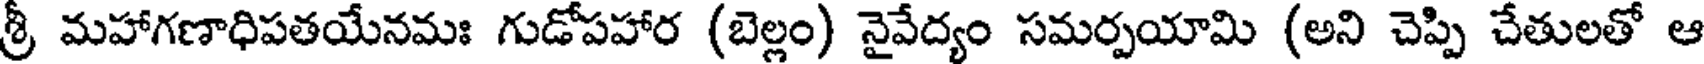
శ్రీ మహాగణాధిపతయేనమః గుడోపహార (బెల్లం) నైవేద్యం సమర్పయామి (అని చెప్పి చేతులతో ఆ